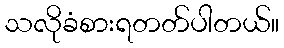
သလိုခံစားရတတ်ပါတယ်။